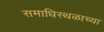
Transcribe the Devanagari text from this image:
समाधिस्थळाच्या